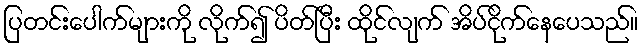
ပြတင်းပေါက်များကို လိုက်၍ ပိတ်ပြီး ထိုင်လျက် အိပ်ငိုက်နေပေသည်။